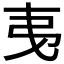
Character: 𢎯